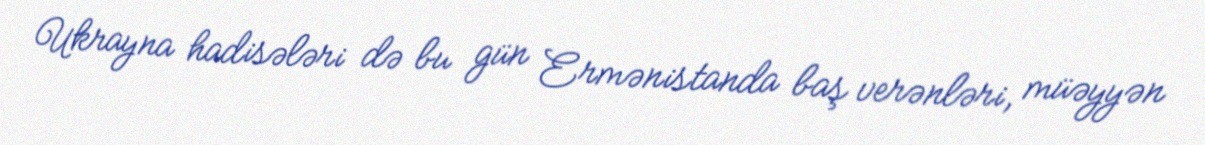
Ukrayna hadisələri də bu gün Ermənistanda baş verənləri, müəyyən